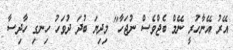
އޭރު އޭނާހުރީ ނޭމް ބެޖްވެސް ނުޖަހާ" މިދިޔަ ބުދަ ދުވަހު ހިނގި ހާދިސާ